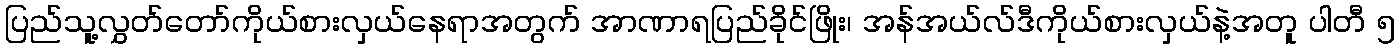
ပြည်သူ့လွှတ်တော်ကိုယ်စားလှယ်နေရာအတွက် အာဏာရပြည်ခိုင်ဖြိုး၊ အန်အယ်လ်ဒီကိုယ်စားလှယ်နဲ့အတူ ပါတီ ၅